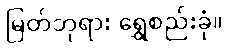
မြတ်ဘုရား ရွှေစည်းခုံ။